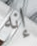
إنه